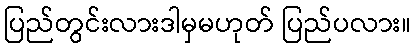
ပြည်တွင်းလားဒါမှမဟုတ် ပြည်ပလား။